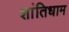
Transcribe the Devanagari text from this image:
शांतिधाम